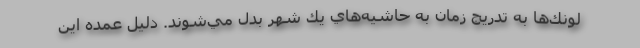
لونك‌ها به تدريج زمان به حاشيه‌هاي يك شهر بدل مي‌شوند. دليل عمده اين